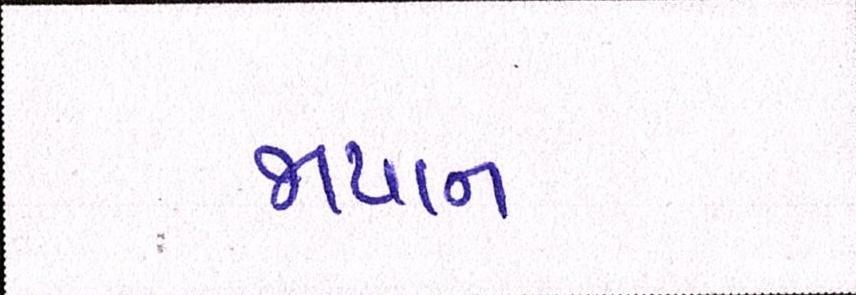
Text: જાપાનઃ